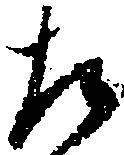
た